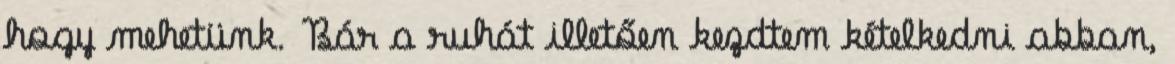
hogy mehetünk. Bár a ruhát illetően kezdtem kételkedni abban,